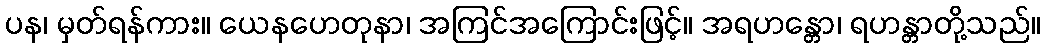
ပန၊ မှတ်ရန်ကား။ ယေနဟေတုနာ၊ အကြင်အကြောင်းဖြင့်။ အရဟန္တော၊ ရဟန္တာတို့သည်။